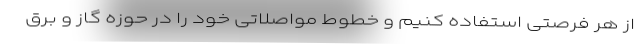
از هر فرصتی استفاده کنیم و خطوط مواصلاتی خود را در حوزه گاز و برق